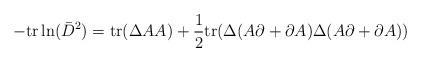
LaTeX: \begin{align*}-\mathrm{tr}\ln(\bar{D}^2)=\mathrm{tr}(\Delta AA)+\frac{1}{2}\mathrm{tr}(\Delta(A\partial+\partial A)\Delta(A\partial+\partial A))\end{align*}